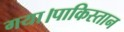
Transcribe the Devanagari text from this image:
गया।पाकिस्तान